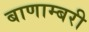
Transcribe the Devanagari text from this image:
बाणाम्बरी